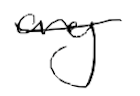
Text: any
Cross-out: single-line
Writing tool: digital_black